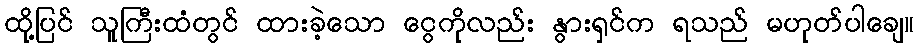
ထို့ပြင် သူကြီးထံတွင် ထားခဲ့သော ငွေကိုလည်း နွားရှင်က ရသည် မဟုတ်ပါချေ။